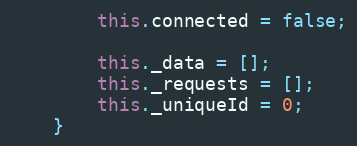
Language: JavaScript
        this.connected = false;

        this._data = [];
        this._requests = [];
        this._uniqueId = 0;
    }